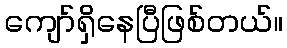
ကျော်ရှိနေပြီဖြစ်တယ်။